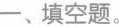
一、填空题。